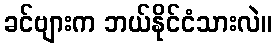
ခင်ဗျားက ဘယ်နိုင်ငံသားလဲ။